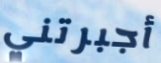
أجبرتني